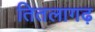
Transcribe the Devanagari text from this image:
तितलागढ़